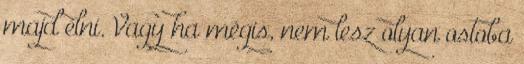
majd élni. Vagy ha mégis, nem lesz olyan ostoba